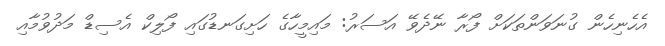
އެހެނިހެން ގުނަވަންތަކަށް ފޯރާ ނޭދެވޭ އަސަރު: މައިމީހާގެ ހަށިގަނޑުގައި ފޯލިކް އެސިޑް މަދުވުމާއި